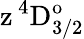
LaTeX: \mathrm{z\, ^{4}D_{3/2}^{o}}